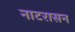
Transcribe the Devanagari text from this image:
नाटरासन